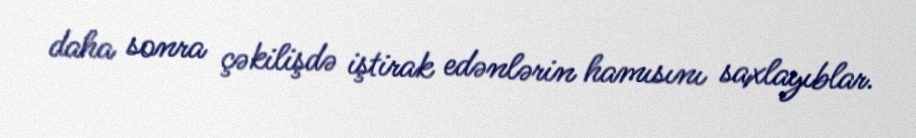
daha sonra çəkilişdə iştirak edənlərin hamısını saxlayıblar.